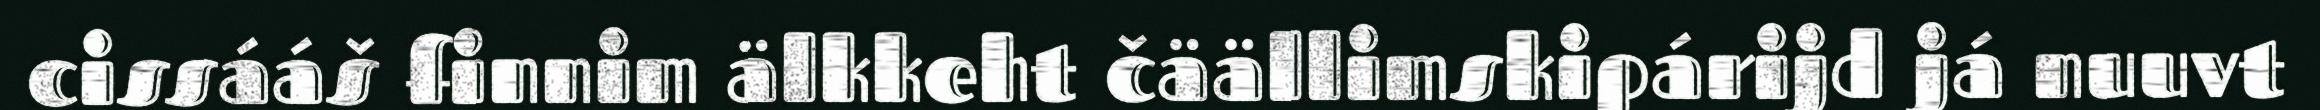
cissááš finnim älkkeht čäällimskipárijd já nuuvt